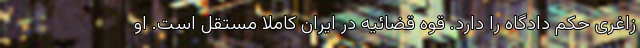
زاغری حکم دادگاه را دارد. قوه قضائیه در ایران کاملا مستقل است. او